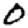
Digit: 0